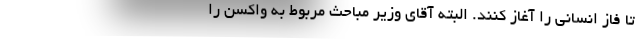
تا فاز انسانی را آغاز کنند. البته آقای وزیر مباحث مربوط به واکسن را